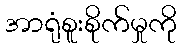
အာရုံစူးစိုက်မှုကို